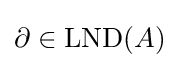
\partial \in \operatorname {LND} (A)